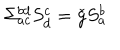
\Sigma _ { a c } ^ { b d } S _ { d } ^ { c } = \check { g } S _ { a } ^ { b }